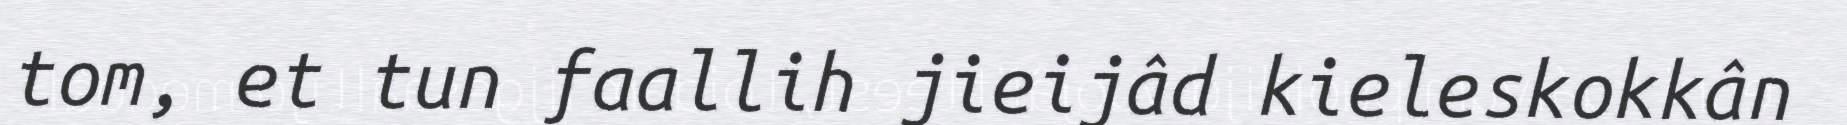
tom, et tun faallih jieijâd kieleskokkân